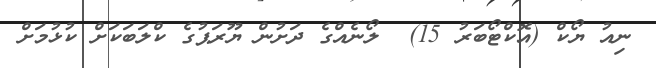
ނިއު ޔޯކް (އޮކްޓޯބަރު 15)  ލޯނެއްގެ ދަށުން ޔޫރަޕުގެ ކްލަބަކަށް ކުޅުމަށް